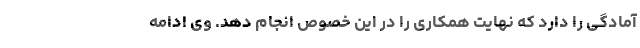
آمادگی را دارد که نهایت همکاری را در این خصوص انجام دهد. وی ادامه